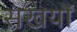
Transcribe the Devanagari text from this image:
संखयों